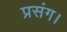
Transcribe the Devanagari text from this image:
प्रसंग।